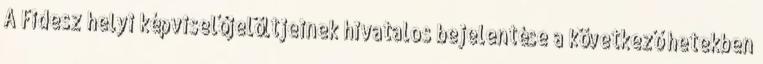
A Fidesz helyi képviselőjelöltjeinek hivatalos bejelentése a következő hetekben